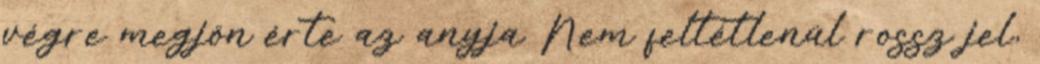
végre megjön érte az anyja Nem feltétlenül rossz jel,